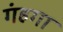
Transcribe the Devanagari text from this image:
गंहगा